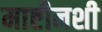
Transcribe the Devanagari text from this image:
माष्टीनशी